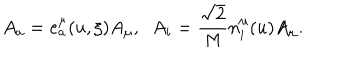
LaTeX: A _ { a } = e _ { a } ^ { \mu } ( u , \xi ) A _ { \mu } , \; \; A _ { i } = \frac { \sqrt { 2 } } { M } n _ { i } ^ { \mu } ( u ) A _ { \mu } .